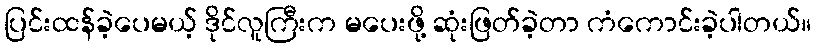
ပြင်းထန်ခဲ့ပေမယ့် ဒိုင်လူကြီးက မပေးဖို့ ဆုံးဖြတ်ခဲ့တာ ကံကောင်းခဲ့ပါတယ်။